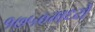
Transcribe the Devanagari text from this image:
१७५०मध्ये